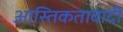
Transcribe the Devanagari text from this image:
आस्तिकतावादी